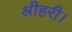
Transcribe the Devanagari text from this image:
श्रीहरी।